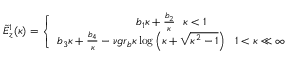
\begin{array} { r } { \tilde { E } _ { z } ^ { 1 } ( \kappa ) = \left\{ \begin{array} { c } { b _ { 1 } \kappa + \frac { b _ { 2 } } { \kappa } ~ ~ \kappa < 1 } \\ { b _ { 3 } \kappa + \frac { b _ { 4 } } { \kappa } - \nu g r _ { b } \kappa \log \left( \kappa + \sqrt { \kappa ^ { 2 } - 1 } \right) ~ ~ 1 < \kappa \ll \infty } \end{array} \right. } \end{array}